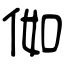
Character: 侞